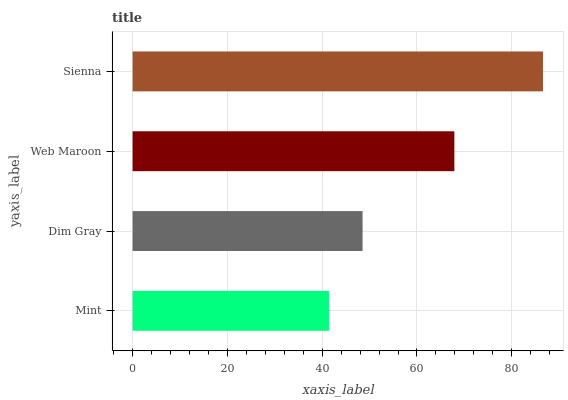
| yaxis_label | bars |
 | --- | --- |
 | Mint | 41.4 |
 | Dim Gray | 48.5 |
 | Web Maroon | 67.9 |
 | Sienna | 86.6 |